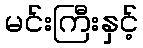
မင်းကြီးနှင့်